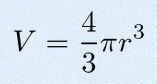
V=\frac43\pi r^3